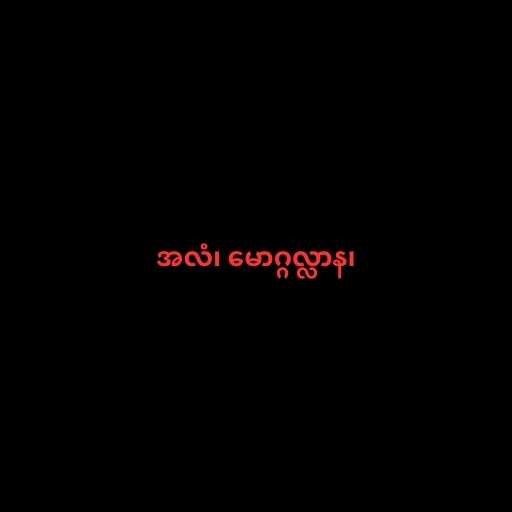
အလံ၊ မောဂ္ဂလ္လာန၊